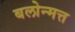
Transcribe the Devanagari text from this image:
बलोन्मत्त